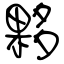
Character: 夥